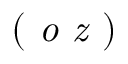
( \emph { o z } )